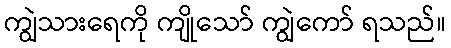
ကျွဲသားရေကို ကျိုသော် ကျွဲကော် ရသည်။